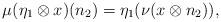
LaTeX: \begin{align*}\mu(\eta_1 \otimes x)(n_2) = \eta_1(\nu(x\otimes n_2)),\end{align*}